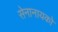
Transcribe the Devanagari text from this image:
सेनानायको